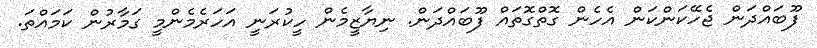
ފޫބައްދަން ޖެހޭކަންކަން އެހެން ގޮތްގޮތައް ފޫބައްދަން. ނިޔާޒީމެން ހީކުރަނީ އަހަރެމެންމީ ގަމާރުން ކަމައްތަ.